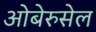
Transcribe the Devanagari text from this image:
ओबेरुसेल